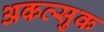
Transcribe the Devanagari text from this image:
अकत्सुक